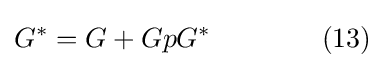
G^{*}=G+GpG^{*}\qquad \qquad (13)